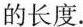
的长度.